Lunatic asylums in Bengal annual reports 1899-1911 - 1899-1911
Year: 1899
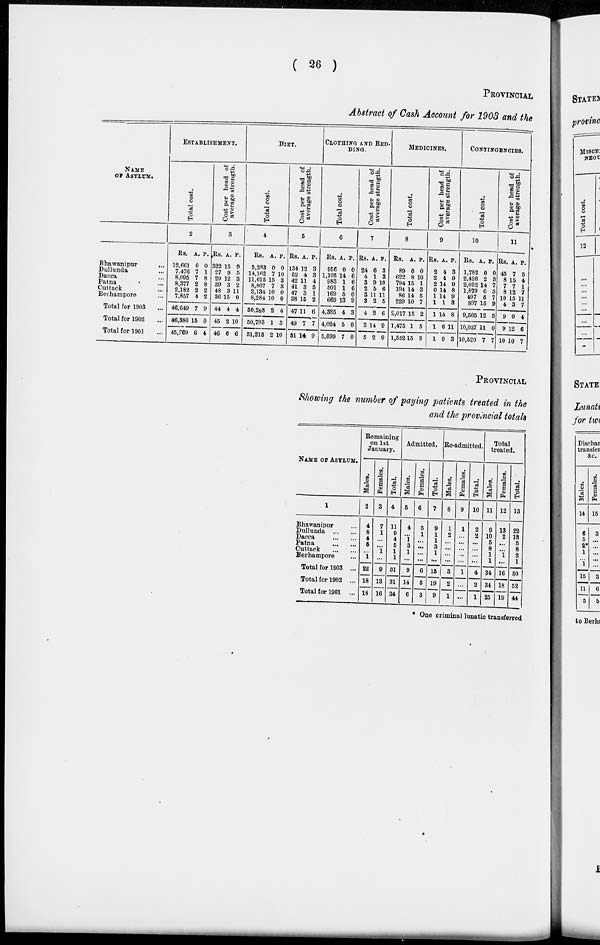
( 26 )
PROVINCIAL
Abstract of Cash Account for 1903 and the
NAME
OF ASYLUM.
Bhawanipur
...
Dullunda ...
Dacca ...
Patna ...
Cuttack ...
Berhampore ...
Total for 1903 ...
Total for 1902 ...
Total for 1901 ...
ESTABLISHMENT.
Total cost.
2
Rs.
12,661
7,476
8,095
8,377
2,182
7,857
46,649
46,386
45,769
A.
0
7
7
2
2
4
7
15
6
P.
0
1
8
8
2
2
9
0
4
Cost per head of
average strength.
3
Rs.
322
27
29
39
48
36
44
45
46
A.
15
9
12
3
3
15
4
2
6
P.
9
5
3
2
11
0
4
10
6
DIET.
Total cost.
4
Rs.
5,283
14,162
11,615
8,807
2,134
8,284
50,288
50,793
51,215
A.
0
7
15
7
10
10
2
1
2
P.
0
10
3
3
0
0
4
3
10
Cost per head of
average strength.
5
Rs.
134
52
42
41
47
38
47
49
51
A.
12
4
11
3
3
15
11
7
14
P.
3
8
4
5
1
2
6
7
9
CLOTHING AND BED-
-----
Total cost.
6
Rs.
956
1,105
983
501
169
669
4,385
4,024
5,099
A.
0
14
1
1
5
13
4
5
7
P.
0
6
6
6
0
9
3
0
0
Cost per head of
average strength.
7
Rs.
24
4
3
2
3
3
4
3
5
A.
6
1
9
5
11
2
2
14
2
P.
3
3
10
6
11
5
6
9
9
MEDICINES.
Total cost.
8
Rs.
89
622
794
194
86
229
2,017
1,475
1,552
A.
0
8
15
14
14
10
15
1
15
P.
0
10
1
3
5
7
2
5
3
Cost per head of
average strength.
9
Rs.
2
2
2
0
1
1
1
1
1
A.
4
4
14
14
14
1
14
6
9
P.
3
9
9
8
9
3
8
11
3
CONTINGENCIES.
Total cost.
10
Rs.
1,782
2,426
2,022
1,879
497
897
9,505
10,037
10,520
A.
0
2
14
6
5
15
12
11
7
P.
0
3
7
3
7
9
5
0
7
Cost per head of
average strength.
11
Rs.
45
8
7
8
10
4
9
9
10
A.
7
15
7
12
15
3
0
12
10
P.
5
4
1
7
11
7
4
6
7
PROVINCIAL
Showing the number of paying patients treated in the
and the provincial totals
NAME OF ASYLUM.
1
Bhawanipur ...
Dullunda
...
...
Dacca
...
...
Patna
...
...
Cuttack
...
...
Berhampore ...
Total for 1903 ...
Total for 1902 ...
Total lor 1901
...
Remaining
on 1st
January.
Males.
2
4
8
4
5
...
1
22
18
18
Females.
3
7
1
...
...
1
...
9
13
16
Total.
4
11
9
4
5
1
1
31
31
34
Admitted.
Males.
5
4
...
1
3
1
...
9
14
6
Females.
6
5
1
...
...
...
...
6
5
3
Total.
7
9
1
1
3
1
...
15
19
9
Re-admitted.
Males.
8
1
2
...
...
...
...
3
2
1
Females.
9
1
...
...
...
...
...
1
...
...
Total.
10
2
2
...
...
...
...
4
2
1
Total
treated.
Males.
11
9
10
5
8
1
1
34
34
25
Females.
12
13
2
...
...
1
...
16
18
19
Total.
13
22
12
5
8
2
1
50
52
44
* One criminal lunatic transferred